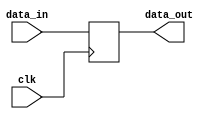
module dr(data_in,data_out,clk);
  input            clk ;
  input   [31:0]  data_in ; 
  output  [31:0]  data_out ;
  reg     [31:0]  data_out ;
  always @ ( posedge clk )
    data_out <= data_in ;
endmodule